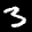
Label: 3